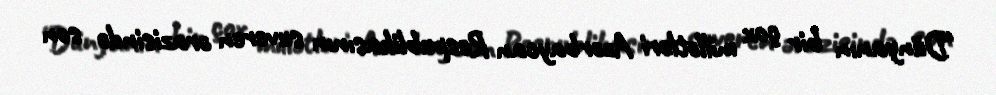
“Dünyanın bir çox millətləri Azərbaycan Respublikasının suveren ərazisində son